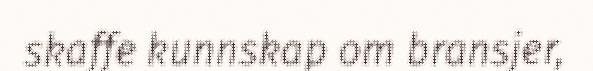
skaffe kunnskap om bransjer,